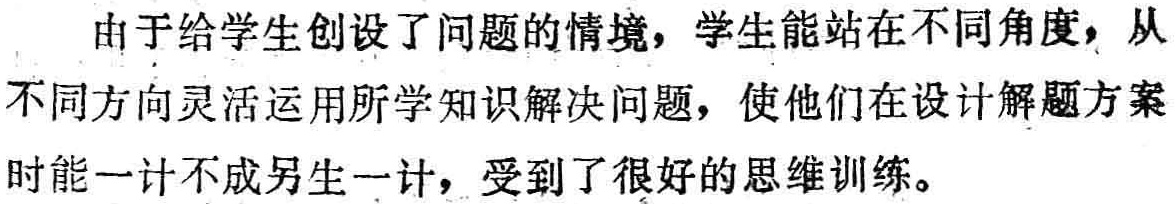
由于给学生创设了问题的情境，学生能站在不同角度，从不同方向灵活运用所学知识解决问题，使他们在设计解题方案时能一计不成另生一计，受到了很好的思维训练。